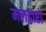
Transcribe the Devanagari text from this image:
मलद्वारा